Papers set at the Examination for Leaving Certificates, 1895
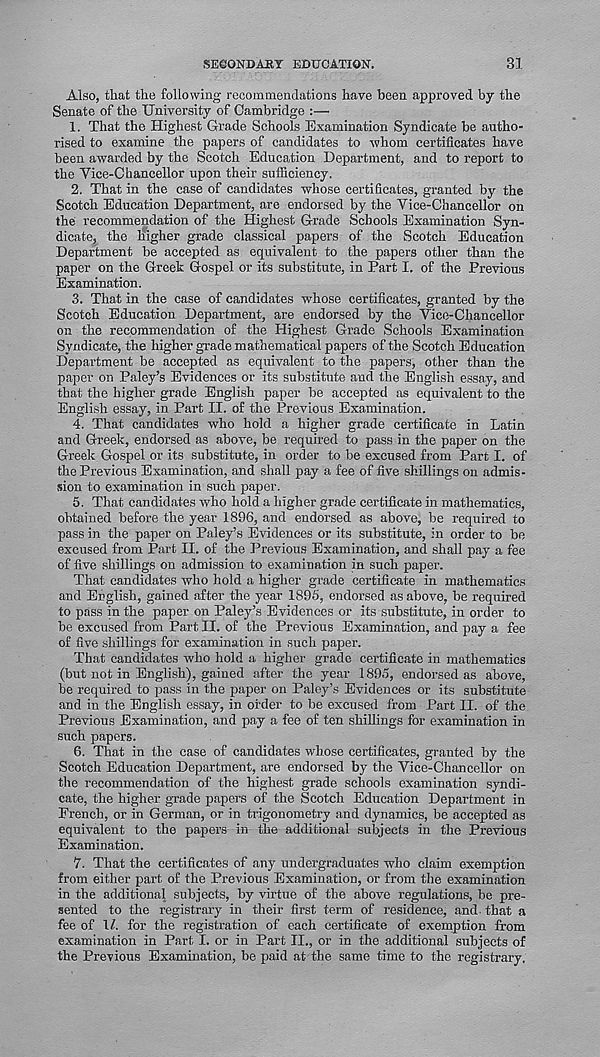
SECONDARY EDUCATION.
31
Also, that the following recommendations have been approved by the
Senate of the University of Cambridge :—
1. That the Highest Grade Schools Examination Syndicate be autho-
rised to examine the papers of candidates to whom certificates have
been awarded by the Scotch Education Department, and to report to
the Yice-Chancellor upon their sufficiency.
2. That in the case of candidates whose certificates, granted by the
Scotch Education Department, are endorsed by the Yice-Chancellor on
the recommendation of the Highest Grade Schools Examination Syn-
dicate, the Higher grade classical papers of the Scotch Education
Department be accepted as equivalent to the papers other than the
paper on the Greek Gospel or its substitute, in Part I. of the Previous
Examination.
3. That in the case of candidates whose certificates, granted by the
Scotch Education Department, are endorsed by the Vice-Chancellor
on the recommendation of the Highest Grade Schools Examination
Syndicate, the higher grade mathematical papers of the Scotch Education
Department be accepted as equivalent to the papers, other than the
paper on Paley’s Evidences or its substitute and the English essay, and
that the higher grade English paper be accepted as equivalent to the
English essay, in Part II. of the Previous Examination.
4. That candidates who hold a higher grade certificate in Latin
and Greek, endorsed as above, be required to pass in the paper on the
Greek Gospel or its substitute, in order to he excused from Part I. of
the Previous Examination, and shall pay a fee of five shillings on admis-
sion to examination in such paper.
5. That candidates who hold a higher grade certificate in mathematics,
obtained before the year 1896, and endorsed as above, be required to
pass in the paper on Paley’s Evidences or its substitute, in order to be
excused from Part II. of the Previous Examination, and shall pay a fee
of five shillings on admission to examination in such paper.
That candidates who hold a higher grade certificate in mathematics
and English, gained after the year 1895, endorsed as above, be required
to pass in the paper on Paley’s Evidences or its substitute, in order to
be excused from Part II. of the Previous Examination, and pay a fee
of five shillings for examination in such paper.
That candidates who hold a higher grade certificate in mathematics
(but not in English), gained after the year 1895, endorsed as above,
he required to pass in the paper on Paley’s Evidences or its substitute
and in the English essay, in order to be excused from Part II. of the
Previous Examination, and pay a fee of ten shillings for examination in
such papers.
6. That in the case of candidates whose certificates, granted by the
Scotch Education Department, are endorsed by the Vice-Chancellor on
the recommendation of the highest grade schools examination syndi-
cate, the higher grade papers of the Scotch Education Department in
French, or in German, or in trigonometry and dynamics, be accepted as
equivalent to the papers in the additional subjects in the Previous
Examination.
7. That the certificates of any undergraduates who claim exemption
from either part of the Previous Examination, or from the examination
in the additional subjects, by virtue of the above regulations, be pre-
sented to the registrary in their first term of residence, and- that a
fee of 1/. for the registration of each certificate of exemption from
examination in Part I. or in Part II., or in the additional subjects of
the Previous Examination, be paid at the same time to the registrary.